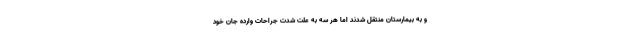
و به بیمارستان منتقل شدند اما هر سه به علت شدت جراحات وارده جان خود